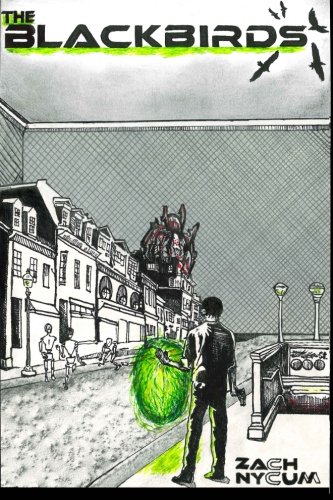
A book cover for The Black Birds (The Black Birds Saga) (Volume 1); Zach Nycum; Science Fiction & Fantasy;